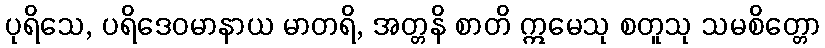
ပုရိသေ, ပရိဒေဝမာနာယ မာတရိ, အတ္တနိ စာတိ ဣမေသု စတူသု သမစိတ္တော